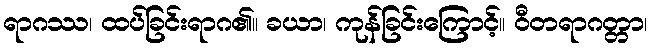
ရာဂဿ၊ ထပ်ခြင်းရာဂ၏။ ခယာ၊ ကုန်ခြင်းကြောင့်။ ဝီတရာဂတ္တာ၊